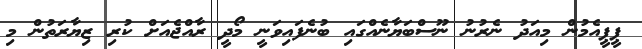
ޕީޕީއެމުން މިއަދު ނެރުނު ނޫސްބަޔާނެއްގައި ބުނެފައިވަނީ މޯދީ ރާއްޖެއަށް ކުރި ޒިޔާރަތުން މި